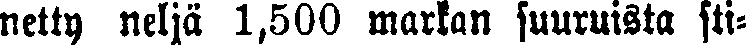
netty neljä 1,500 markan suuruista sti-